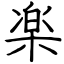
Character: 楽